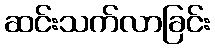
ဆင်းသက်လာခြင်း